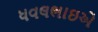
ધવલભાઇએ